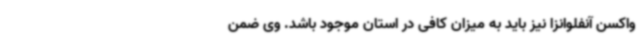
واکسن آنفلوانزا نیز باید به میزان کافی در استان موجود باشد. وی ضمن